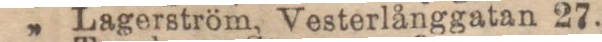
„ Lagerström, Vesterlånggatan 27.